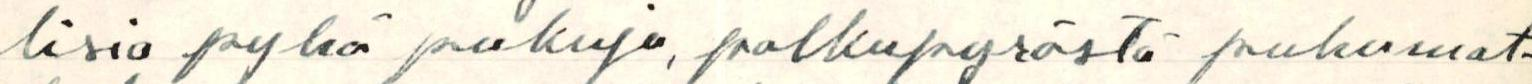
lisia pyhä pukuja, polkupyörästä puhumat-